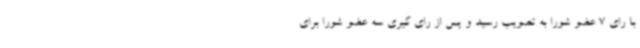
با رای 7 عضو شورا به تصویب رسید و پس از رای گیری سه عضو شورا برای